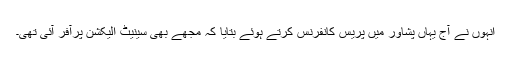
انہوں نے آج یہاں پشاور میں پریس کانفرنس کرتے ہوئے بتایا کہ مجھے بھی سینیٹ الیکشن پرآفر آئی تھی۔